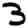
Digit: 3